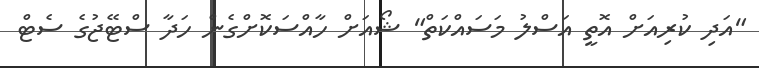
"އަދި ކުރިއަށް އޮތީ އަސްލު މަސައްކަތް" ޝޯއަށް ހާއްސަކޮށްގެން ހަދާ ސްޓޭޖުގެ ސެޓް